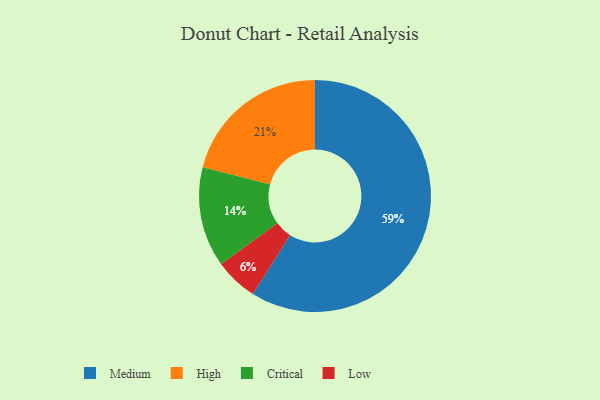
{"axis": {"x": "Category", "y": "Percentage"}, "legend": ["Critical", "High", "Low", "Medium"], "data": [{"x": "Critical", "y": 14, "type": "Critical"}, {"x": "Medium", "y": 59, "type": "Medium"}, {"x": "Low", "y": 6, "type": "Low"}, {"x": "High", "y": 21, "type": "High"}]}